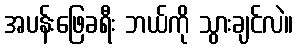
အပန်းဖြေခရီး ဘယ်ကို သွားချင်လဲ။